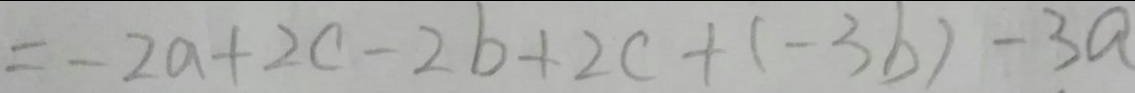
= - 2 a + 2 c - 2 b + 2 c + ( - 3 b ) - 3 a